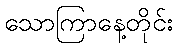
သောကြာနေ့တိုင်း